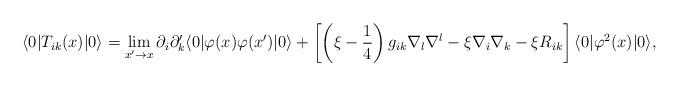
LaTeX: \begin{align*}\langle 0|T_{ik}(x)|0\rangle =\lim_{x^{\prime }\rightarrow x}\partial_{i}\partial _{k}^{\prime }\langle 0|\varphi (x)\varphi (x^{\prime})|0\rangle +\left[ \left( \xi -\frac{1}{4}\right) g_{ik}\nabla _{l}\nabla^{l}-\xi \nabla _{i}\nabla _{k}-\xi R_{ik}\right] \langle 0|\varphi^{2}(x)|0\rangle , \end{align*}